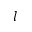
l